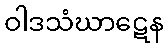
ဝါဒသံဃာဋေန